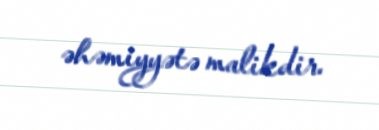
əhəmiyyətə malikdir.